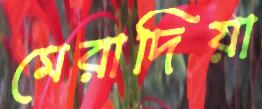
মেরাদিয়া